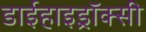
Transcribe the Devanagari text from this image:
डाईहाइड्रॉक्सी